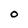
Character: O